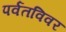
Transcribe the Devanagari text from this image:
पर्वतविवर